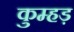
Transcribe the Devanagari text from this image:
कुम्हड़